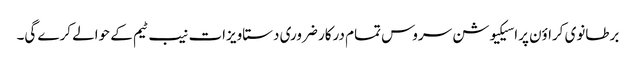
برطانوی کراؤن پراسیکیوشن سروس تمام درکار ضروری دستاویزات نیب ٹیم کے حوالے کرے گی۔